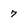
Character: 7